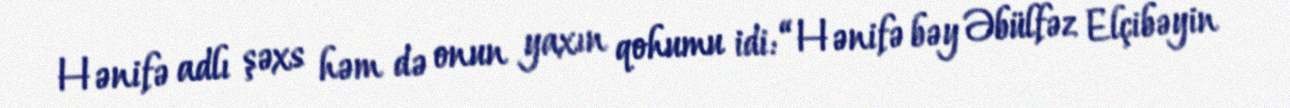
Hənifə adlı şəxs həm də onun yaxın qohumu idi: “Hənifə bəy Əbülfəz Elçibəyin